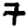
Digit: 7